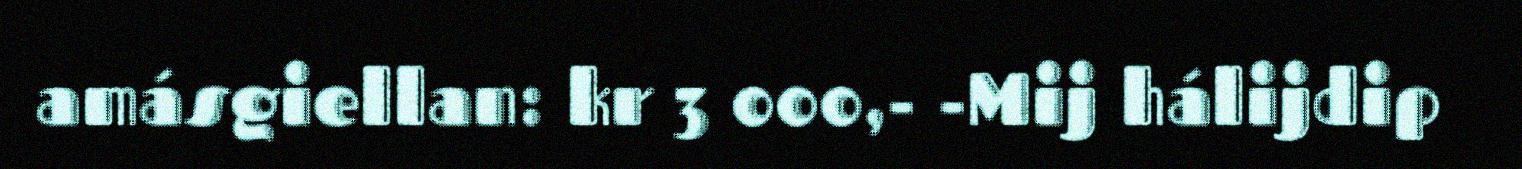
amásgiellan: kr 3 000,- -Mij hálijdip